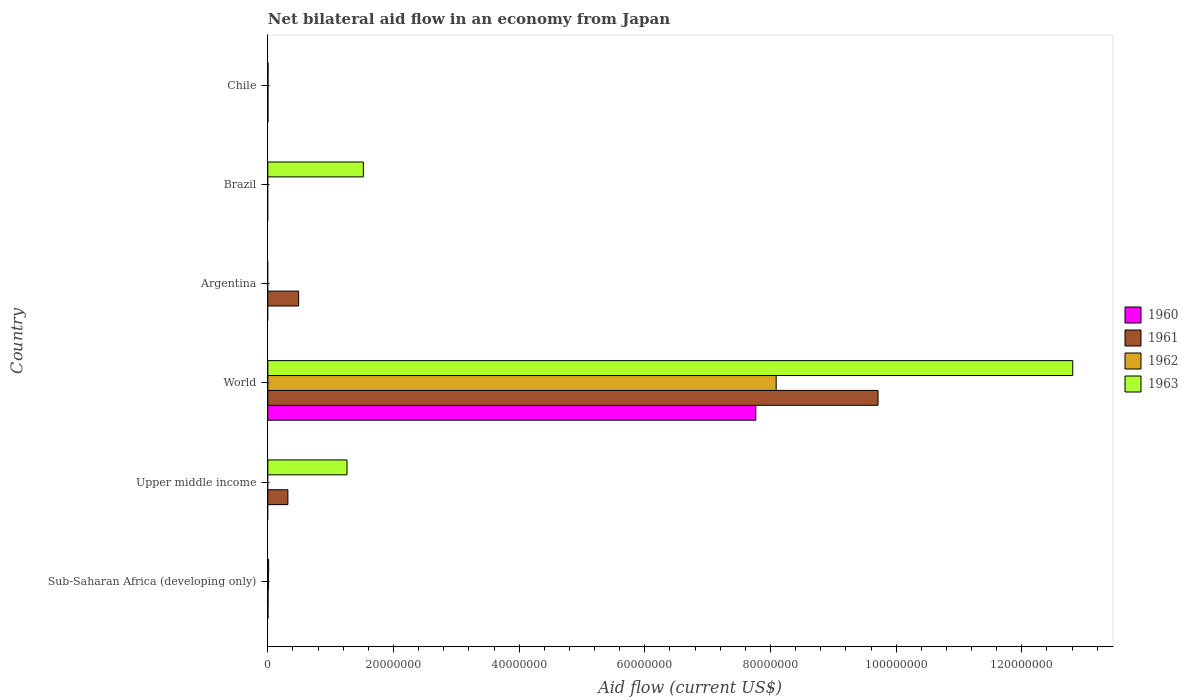
| Country | 1960 | 1961 | 1962 | 1963 |
 | --- | --- | --- | --- | --- |
 | Sub-Saharan Africa (developing only) | 2e+04 | 3e+04 | 1.1e+05 | 1.3e+05 |
 | Upper middle income | -7.48e+06 | 3.19e+06 | -2.28e+06 | 1.26e+07 |
 | World | 7.77e+07 | 9.71e+07 | 8.09e+07 | 1.28e+08 |
 | Argentina | -5.78e+06 | 4.9e+06 | -3.72e+06 | -6.38e+06 |
 | Brazil | -2.15e+06 | -2.36e+06 | -2.14e+06 | 1.52e+07 |
 | Chile | 1e+04 | 1e+04 | 2e+04 | 3e+04 |